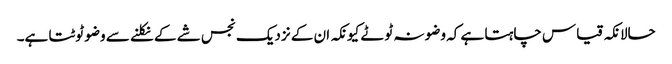
حالانکہ قیاس چاہتا ہے کہ وضو نہ ٹوٹے کیونکہ ان کے نزدیک نجس شے کے نکلنے سے وضو ٹوٹتا ہے۔